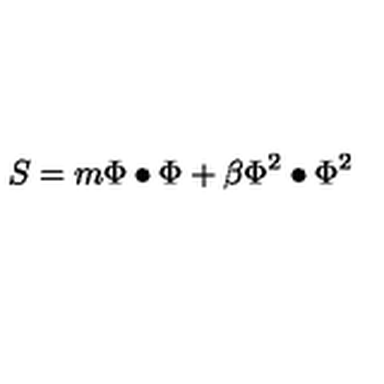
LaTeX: S = m \Phi \bullet \Phi + \beta \Phi ^ { 2 } \bullet \Phi ^ { 2 }